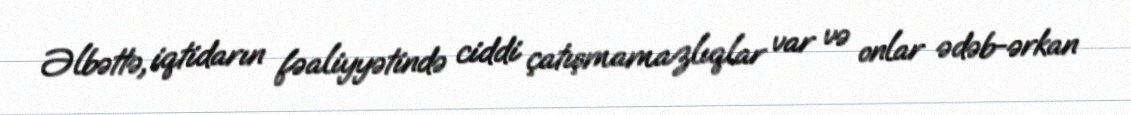
Əlbəttə, iqtidarın fəaliyyətində ciddi çatışmamazlıqlar var və onlar ədəb-ərkan